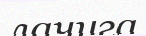
лачуга